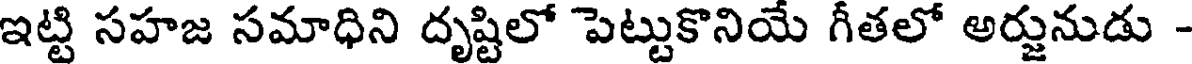
ఇట్టి సహజ సమాధిని దృష్టిలో పెట్టుకొనియే గీతలో అర్జునుడు -